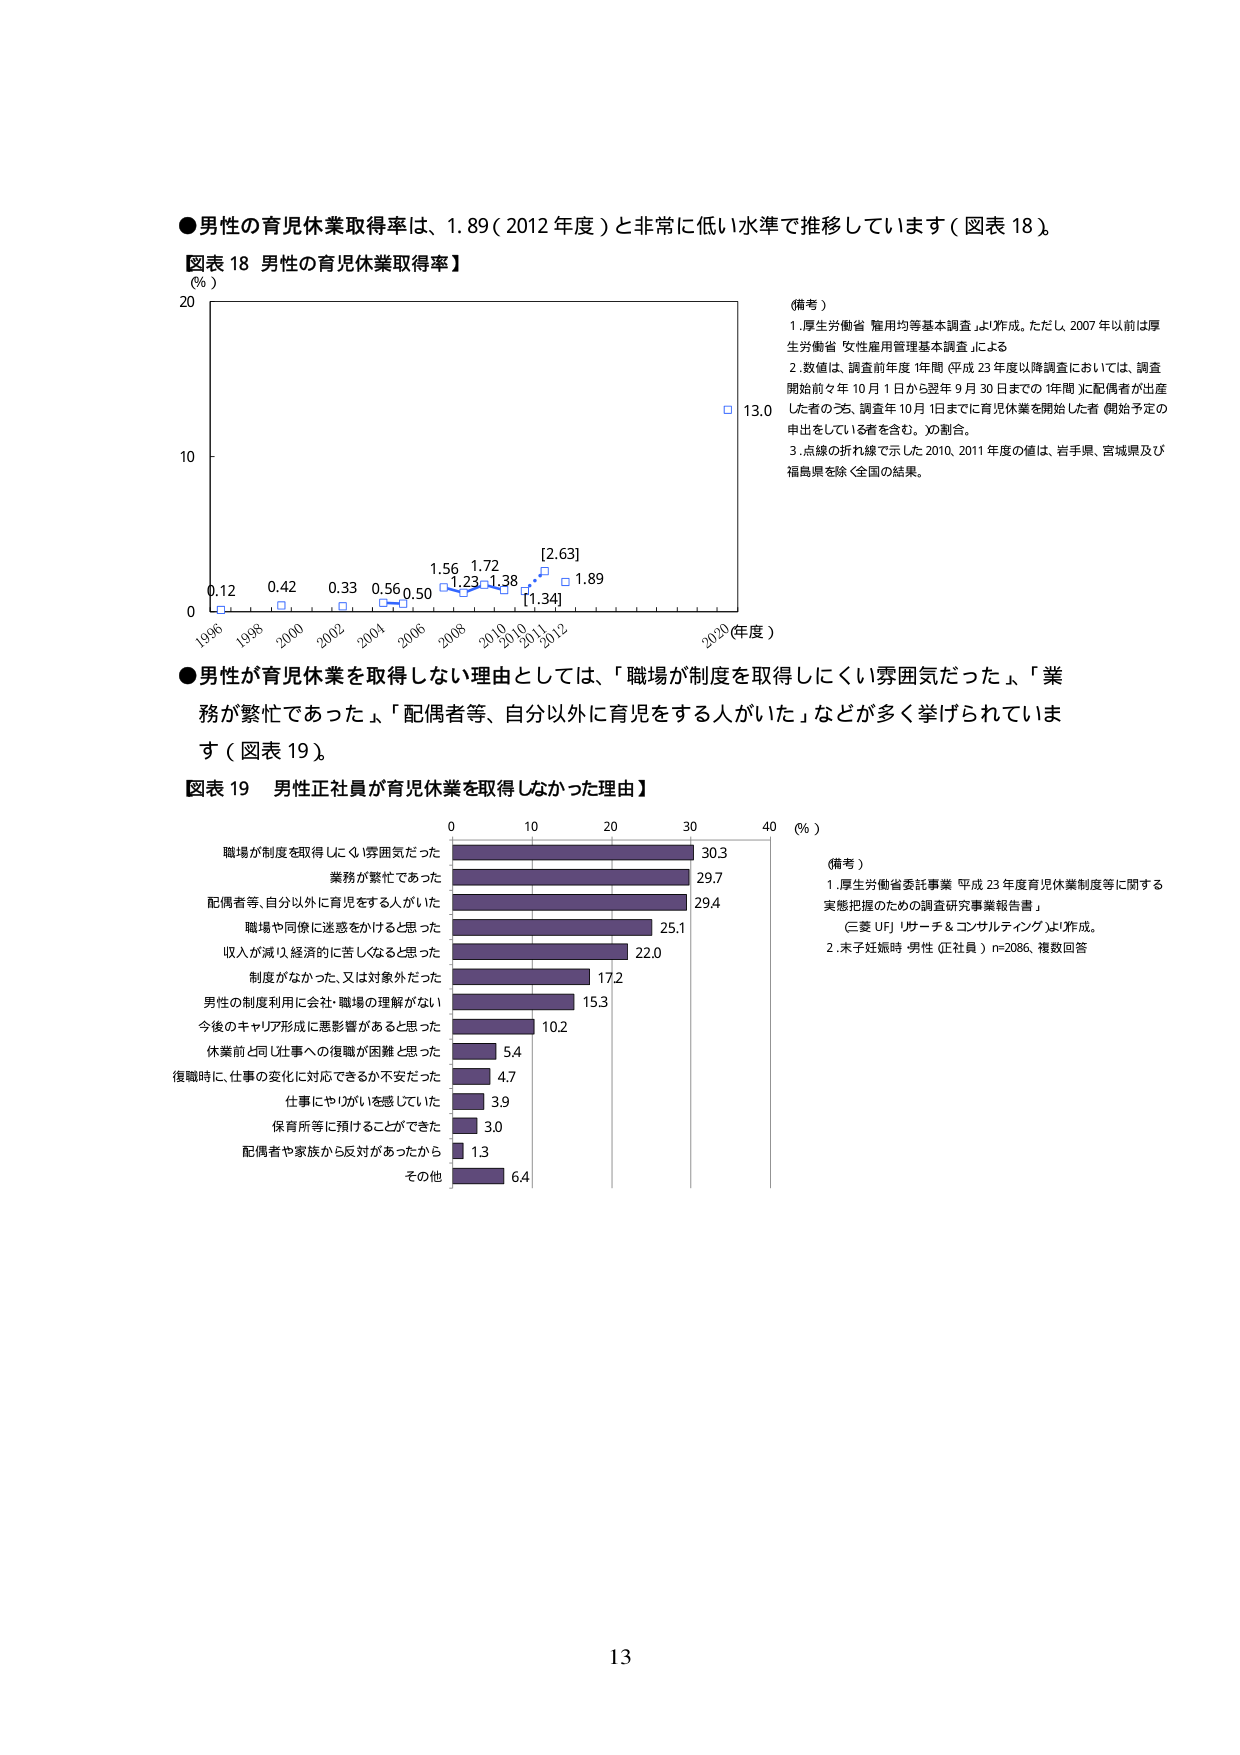
●男性の育児休業取得率は、1.89（2012年度）と非常に低い水準で推移しています（図表18）。

【図表18 男性の育児休業取得率】
（％）
20
10
0
1996 1998 2000 2002 2004 2006 2008 2010 2011 2012 2020（年度）
0.12 0.42 0.33 0.56 0.50 1.56 1.72 [2.63] 1.89
1.23 1.38 [1.34]
□ 13.0

（備考）
1. 厚生労働省「雇用均等基本調査」より作成。ただし、2007年以前は厚生労働省「女性雇用管理基本調査」による。
2. 数値は、調査前年度1年間（平成23年度以降調査においては、調査開始前々年10月1日から翌年9月30日までの1年間）に配偶者が出産した者のうち、調査年10月1日までに育児休業を開始した者（開始予定の申出をしている者を含む。）の割合。
3. 点線の折れ線で示した2010、2011年度の値は、岩手県、宮城県及び福島県を除く全国の結果。

●男性が育児休業を取得しない理由としては、「職場が制度を取得しにくい雰囲気だった」、「業務が繁忙であった」、「配偶者等、自分以外に育児をする人がいた」などが多く挙げられています（図表19）。

【図表19 男性正社員が育児休業を取得しなかった理由】
（％）
0 10 20 30 40
職場が制度を取得しにくい雰囲気だった 30.3
業務が繁忙であった 29.7
配偶者等、自分以外に育児をする人がいた 29.4
職場や同僚に迷惑をかけると思った 25.1
収入が減り、経済的に苦しくなると思った 22.0
制度がなかった、又は対象外だった 17.2
男性の制度利用に会社・職場の理解がない 15.3
今後のキャリア形成に悪影響があると思った 10.2
休業前と同じ仕事への復職が困難と思った 5.4
復職時に、仕事の変化に対応できるか不安だった 4.7
仕事にやりがいを感じていた 3.9
保育所等に預けることができた 3.0
配偶者や家族から反対があったから 1.3
その他 6.4

（備考）
1. 厚生労働省委託事業「平成23年度育児休業制度等に関する実態把握のための調査研究事業報告書」（三菱UFJリサーチ＆コンサルティング）より作成。
2. 未子妊娠時 男性（正社員）n=2086、複数回答

13